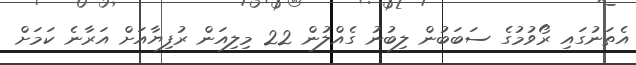
އެތަނުގައި ރޯވުމުގެ ސަބަބުން ލިބުނު ގެއްލުން 22 މިލިއަން ރުފިޔާއަށް އަރާނެ ކަމަށް